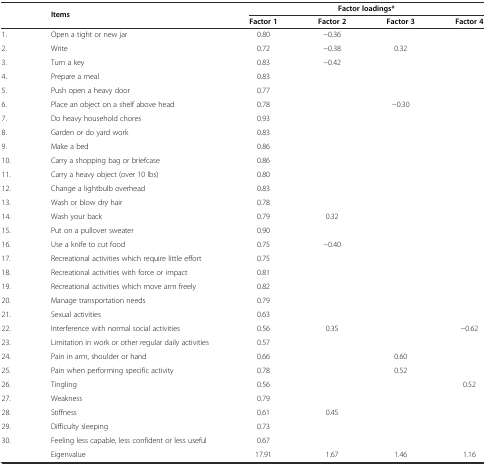
<table><thead><tr><td></td><td rowspan="2"><b>Items</b></td><td colspan="4"><b>Factor loadings*</b></td></tr><tr><td></td><td><b>Factor 1</b></td><td><b>Factor 2</b></td><td><b>Factor 3</b></td><td><b>Factor 4</b></td></tr></thead><tbody><tr><td>1.</td><td>Open a tight or new jar</td><td>0.80</td><td>-0.36</td><td></td><td></td></tr><tr><td>2.</td><td>Write</td><td>0.72</td><td>-0.38</td><td>0.32</td><td></td></tr><tr><td>3.</td><td>Turn a key</td><td>0.83</td><td>-0.42</td><td></td><td></td></tr><tr><td>4.</td><td>Prepare a meal</td><td>0.83</td><td></td><td></td><td></td></tr><tr><td>5.</td><td>Push open a heavy door</td><td>0.77</td><td></td><td></td><td></td></tr><tr><td>6.</td><td>Place an object on a shelf above head</td><td>0.78</td><td></td><td>-0.30</td><td></td></tr><tr><td>7.</td><td>Do heavy household chores</td><td>0.93</td><td></td><td></td><td></td></tr><tr><td>8.</td><td>Garden or do yard work</td><td>0.83</td><td></td><td></td><td></td></tr><tr><td>9.</td><td>Make a bed</td><td>0.86</td><td></td><td></td><td></td></tr><tr><td>10.</td><td>Carry a shopping bag or briefcase</td><td>0.86</td><td></td><td></td><td></td></tr><tr><td>11.</td><td>Carry a heavy object (over 10 lbs)</td><td>0.80</td><td></td><td></td><td></td></tr><tr><td>12.</td><td>Change a lightbulb overhead</td><td>0.83</td><td></td><td></td><td></td></tr><tr><td>13.</td><td>Wash or blow dry hair</td><td>0.78</td><td></td><td></td><td></td></tr><tr><td>14.</td><td>Wash your back</td><td>0.79</td><td>0.32</td><td></td><td></td></tr><tr><td>15.</td><td>Put on a pullover sweater</td><td>0.90</td><td></td><td></td><td></td></tr><tr><td>16.</td><td>Use a knife to cut food</td><td>0.75</td><td>-0.40</td><td></td><td></td></tr><tr><td>17.</td><td>Recreational activities which require little effort</td><td>0.75</td><td></td><td></td><td></td></tr><tr><td>18.</td><td>Recreational activities with force or impact</td><td>0.81</td><td></td><td></td><td></td></tr><tr><td>19.</td><td>Recreational activities which move arm freely</td><td>0.82</td><td></td><td></td><td></td></tr><tr><td>20.</td><td>Manage transportation needs</td><td>0.79</td><td></td><td></td><td></td></tr><tr><td>21.</td><td>Sexual activities</td><td>0.63</td><td></td><td></td><td></td></tr><tr><td>22.</td><td>Interference with normal social activities</td><td>0.56</td><td>0.35</td><td></td><td>-0.62</td></tr><tr><td>23.</td><td>Limitation in work or other regular daily activities</td><td>0.57</td><td></td><td></td><td></td></tr><tr><td>24.</td><td>Pain in arm, shoulder or hand</td><td>0.66</td><td></td><td>0.60</td><td></td></tr><tr><td>25.</td><td>Pain when performing specific activity</td><td>0.78</td><td></td><td>0.52</td><td></td></tr><tr><td>26.</td><td>Tingling</td><td>0.56</td><td></td><td></td><td>0.52</td></tr><tr><td>27.</td><td>Weakness</td><td>0.79</td><td></td><td></td><td></td></tr><tr><td>28.</td><td>Stiffness</td><td>0.61</td><td>0.45</td><td></td><td></td></tr><tr><td>29.</td><td>Difficulty sleeping</td><td>0.73</td><td></td><td></td><td></td></tr><tr><td>30.</td><td>Feeling less capable, less confident or less useful</td><td>0.67</td><td></td><td></td><td></td></tr><tr><td></td><td>Eigenvalue</td><td>17.91</td><td>1.67</td><td>1.46</td><td>1.16</td></tr></tbody></table>